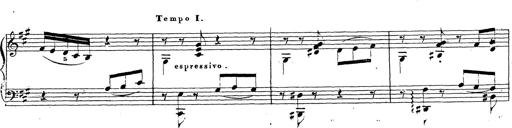
Title: Chanson bohÃ©mienne
Composer: Franz Liszt